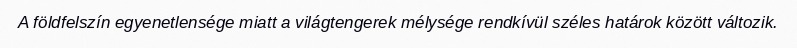
A földfelszín egyenetlensége miatt a világtengerek mélysége rendkívül széles határok között változik.